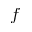
f